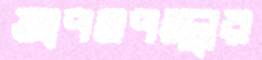
আপসপন্থার